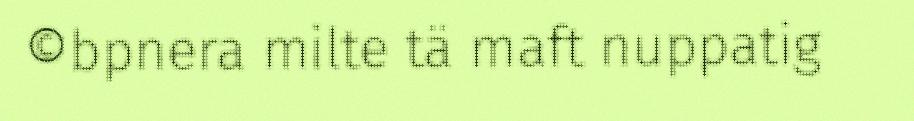
©bpnera milte tä maft nuppatig